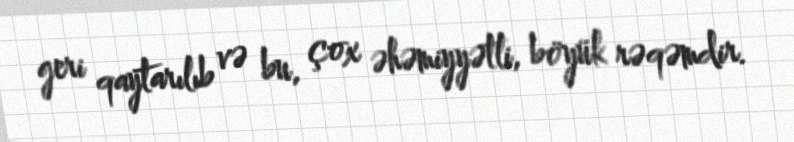
geri qaytarılıb və bu, çox əhəmiyyətli, böyük rəqəmdir.